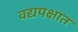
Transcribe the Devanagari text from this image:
वद्यपक्षात